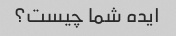
ایده شما چیست؟